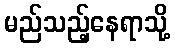
မည်သည့်နေရာသို့